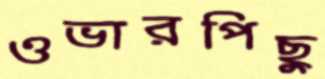
ওভারপিছু